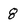
Character: 8